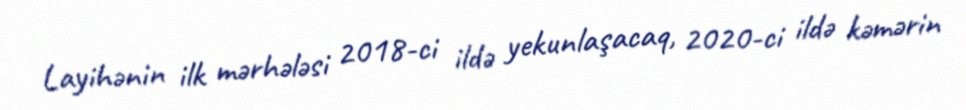
Layihənin ilk mərhələsi 2018-ci ildə yekunlaşacaq, 2020-ci ildə kəmərin